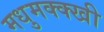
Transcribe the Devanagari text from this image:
मधुमक्क्खी